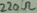
Text: 220Ω